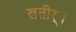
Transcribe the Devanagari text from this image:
खतीर्।